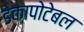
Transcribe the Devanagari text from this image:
डेकापोटेबल